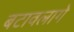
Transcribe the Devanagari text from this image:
बटावलागे